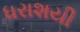
ધરાશયી